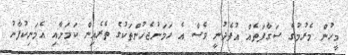
މީހުން މެރުމުގެ ސަގާފަތެއް އުފެދުނީ ވެސް އެ ހަމަނުޖެހުންތަކުގެ ތެރެއިން ކަމަށާއި އެމަނިކުފާނު